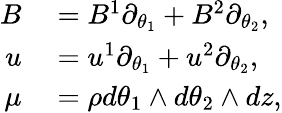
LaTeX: \begin{array}{rl}{B}&{{}=B^{1}\partial_{\theta_{1}}+B^{2}\partial_{\theta_{2}},}\\ {u}&{{}=u^{1}\partial_{\theta_{1}}+u^{2}\partial_{\theta_{2}},}\\ {\mu}&{{}=\rho d\theta_{1}\wedge d\theta_{2}\wedge dz,}\end{array}